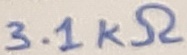
Text: 3.1KΩ